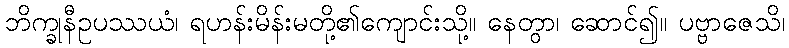
ဘိက္ခုနီဥပဿယံ၊ ရဟန်းမိန်းမတို့၏ကျောင်းသို့။ နေတွာ၊ ဆောင်၍။ ပဗ္ဗာဇေသိ၊